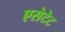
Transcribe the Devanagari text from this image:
एसेटेट